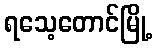
ရသေ့တောင်မြို့